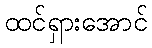
ထင်ရှားအောင်